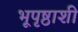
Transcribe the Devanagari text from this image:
भूपृष्ठाशी